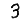
Digit: 3